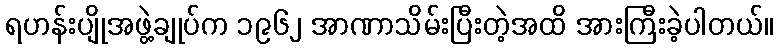
ရဟန်းပျိုအဖွဲ့ချုပ်က ၁၉၆၂ အာဏာသိမ်းပြီးတဲ့အထိ အားကြီးခဲ့ပါတယ်။